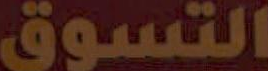
التسوق